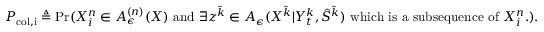
\begin{array} { r } { P _ { \mathrm { c o l , i } } \triangleq \operatorname* { P r } ( X _ { i } ^ { n } \in A _ { \epsilon } ^ { ( n ) } ( X ) \mathrm { ~ a n d ~ } \exists { z } ^ { \hat { k } } \in A _ { \epsilon } ( X ^ { \hat { k } } | Y _ { t } ^ { k } , \hat { S } ^ { \hat { k } } ) \mathrm { ~ w h i c h ~ i s ~ a ~ s u b s e q u e n c e ~ o f ~ } X _ { i } ^ { n } . ) . } \end{array}